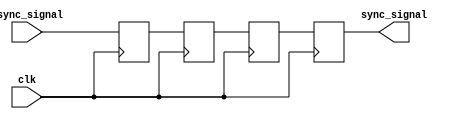
module triple_ff_synchronizer (
    input wire async_signal,  // Input signal from the asynchronous clock domain
    input wire clk,           // Clock signal of the destination clock domain
    output reg sync_signal     // Synchronized output signal
);

    // Internal signals for the flip-flops
    reg ff1, ff2, ff3;

    // Sequential logic for the triple flip-flop synchronizer
    always @(posedge clk) begin
        ff1 <= async_signal;  // First flip-flop samples the async signal
        ff2 <= ff1;           // Second flip-flop samples the output of the first
        ff3 <= ff2;           // Third flip-flop samples the output of the second
    end

    // The synchronized output signal is the output of the third flip-flop
    always @(posedge clk) begin
        sync_signal <= ff3;   // Final synchronized output
    end

endmodule